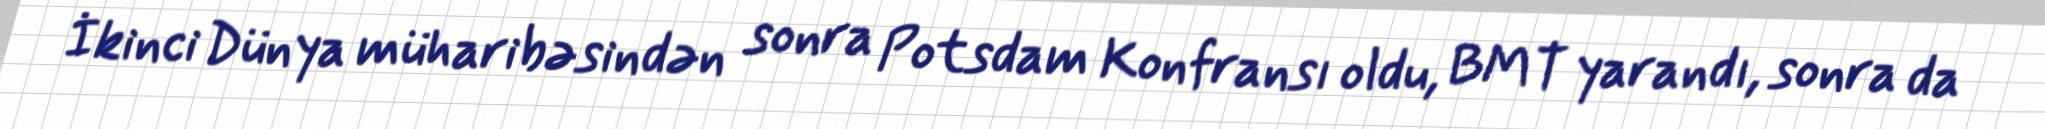
İkinci Dünya müharibəsindən sonra Potsdam Konfransı oldu, BMT yarandı, sonra da